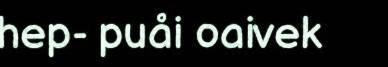
hep- puåi oaivek